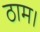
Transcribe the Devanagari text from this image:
ठाम।